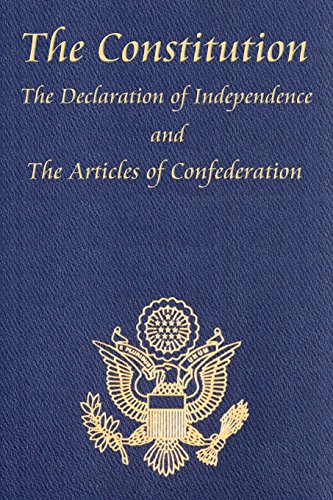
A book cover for The Constitution, The Declaration of Independence, and the Articles of Confederation; Thomas Jefferson; Law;